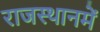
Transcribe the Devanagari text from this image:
राजस्थानमें